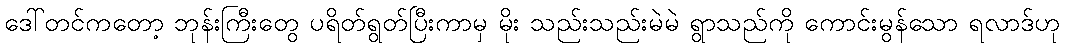
ဒေါ်တင်ကတော့ ဘုန်းကြီးတွေ ပရိတ်ရွတ်ပြီးကာမှ မိုး သည်းသည်းမဲမဲ ရွာသည်ကို ကောင်းမွန်သော ရလာဒ်ဟု